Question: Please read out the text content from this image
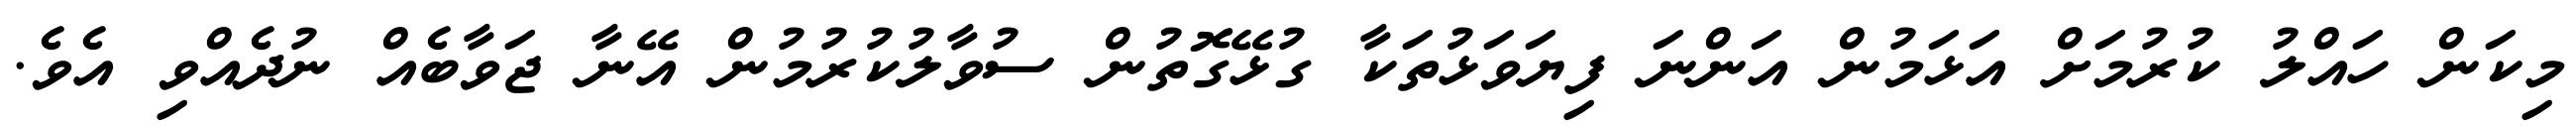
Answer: މިކަން ހައްލު ކުރުމަށް އަޅަމުން އަންނަ ފިޔަވަޅުތަކާ ގުޅޭގޮތުން ސުވާލުކުރުމުން އޭނާ ޖަވާބެއް ނުދެއްވި އެވެ.